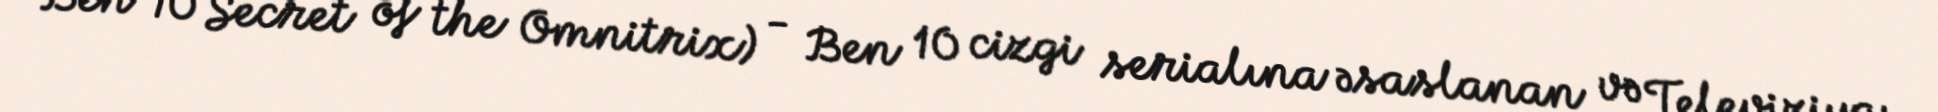
Ben 10 Secret of the Omnitrix) - Ben 10 cizgi serialına əsaslanan və Televiziya